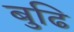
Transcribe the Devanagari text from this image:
बुढि